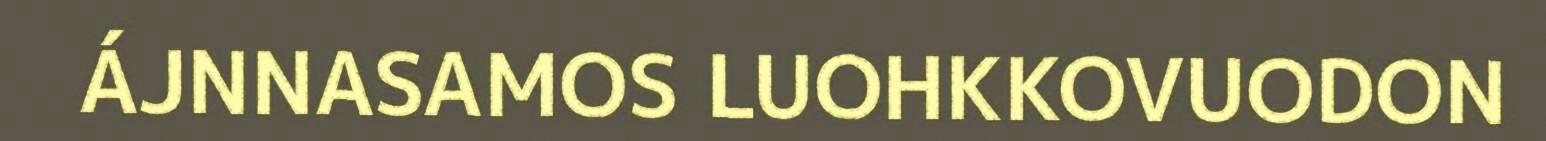
ÁJNNASAMOS LUOHKKOVUODON